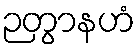
ဉတွာနဟံ